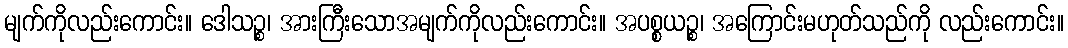
မျက်ကိုလည်းကောင်း။ ဒေါသဉ္စ၊ အားကြီးသောအမျက်ကိုလည်းကောင်း။ အပစ္စယဉ္စ၊ အကြောင်းမဟုတ်သည်ကို လည်းကောင်း။